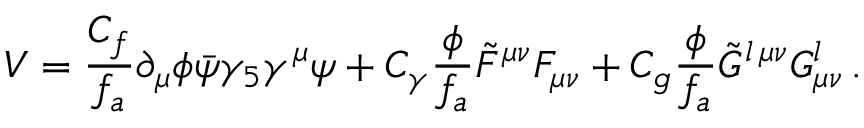
V = \frac { C _ { f } } { f _ { a } } \partial _ { \mu } \phi \bar { \psi } \gamma _ { 5 } \gamma ^ { \mu } \psi + C _ { \gamma } \frac { \phi } { f _ { a } } \tilde { F } ^ { \mu \nu } F _ { \mu \nu } + C _ { g } \frac { \phi } { f _ { a } } \tilde { G } ^ { l \, \mu \nu } G _ { \mu \nu } ^ { l } \, .